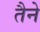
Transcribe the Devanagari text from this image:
तैने